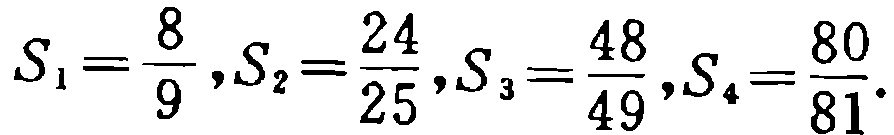
\(S_{1}=\frac{8}{9},S_{2}=\frac{24}{25},S_{3}=\frac{48}{49},S_{4}=\frac{80}{81}.\)